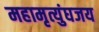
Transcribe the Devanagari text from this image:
महामृत्युंघजय